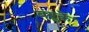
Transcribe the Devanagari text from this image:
बंदुकें